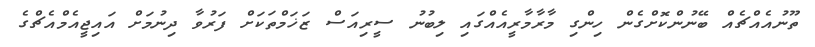
ތޫނުއެއްޗެއް ބޭނުންކޮށްގެން ހިންގި މާރާމާރީއެއްގައި ލިބުނު ސީރިއަސް ޒަޚަމްތަކަށް ފަރުވާ ދިނުމަށް އައިޖީއެމްއެޗްގެ